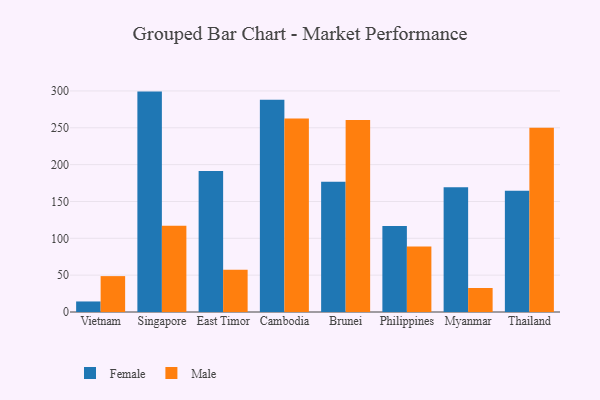
{"axis": {"x": "Country", "y": "Market Share (%)"}, "legend": ["Female", "Male"], "data": [{"x": "Vietnam", "y": 14.3, "type": "Female"}, {"x": "Vietnam", "y": 48.7, "type": "Male"}, {"x": "Singapore", "y": 299.1, "type": "Female"}, {"x": "Singapore", "y": 117.1, "type": "Male"}, {"x": "East Timor", "y": 191.2, "type": "Female"}, {"x": "East Timor", "y": 57.3, "type": "Male"}, {"x": "Cambodia", "y": 287.9, "type": "Female"}, {"x": "Cambodia", "y": 262.5, "type": "Male"}, {"x": "Brunei", "y": 176.9, "type": "Female"}, {"x": "Brunei", "y": 260.5, "type": "Male"}, {"x": "Philippines", "y": 116.7, "type": "Female"}, {"x": "Philippines", "y": 88.8, "type": "Male"}, {"x": "Myanmar", "y": 169.4, "type": "Female"}, {"x": "Myanmar", "y": 32.6, "type": "Male"}, {"x": "Thailand", "y": 164.5, "type": "Female"}, {"x": "Thailand", "y": 250.2, "type": "Male"}]}